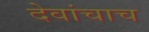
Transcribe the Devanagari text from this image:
देवांचाच